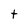
Character: t